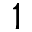
1